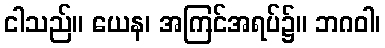
ငါသည်။ ယေန၊ အကြင်အရပ်၌။ ဘဂဝါ၊